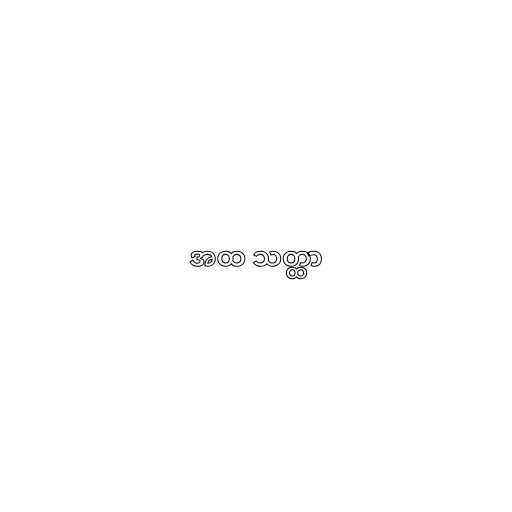
အထ သတ္ထာ